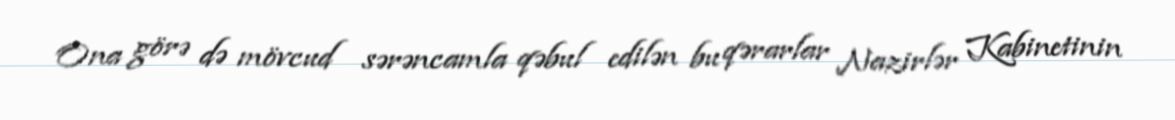
Ona görə də mövcud sərəncamla qəbul edilən bu qərarlar Nazirlər Kabinetinin